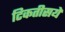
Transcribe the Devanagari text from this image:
टिकतीसयें